Scottish Certificate of Education, 1963
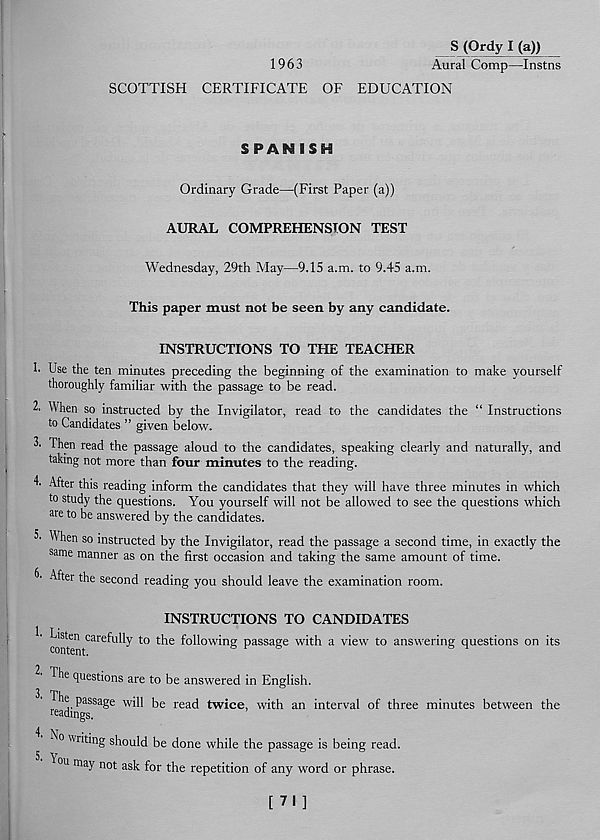
S (Ordy I (a))
1963
Aural Comp—Instns
SCOTTISH CERTIFICATE OF EDUCATION
SPAN ISH
Ordinary Grade—(First Paper (a))
AURAL COMPREHENSION TEST
Wednesday, 29th May—9.15 a.m. to 9.45 a.m.
This paper must not be seen by any candidate.
INSTRUCTIONS TO THE TEACHER
h Use the ten minutes preceding the beginning of the examination to make yourself
thoroughly familiar with the passage to be read.
2. When so instructed by the Invigilator, read to the candidates the “ Instructions
to Candidates ” given below.
3' Then read the passage aloud to the candidates, speaking clearly and naturally, and
taking not more than four minutes to the reading.
After this reading inform the candidates that they will have three minutes in which
to study the questions. You yourself will not be allowed to see the questions which
are to be answered by the candidates.
3' When so instructed by the Invigilator, read the passage a second time, in exactly the
same manner as on the first occasion and taking the same amount of time.
6' After the second reading you should leave the examination room.
INSTRUCTIONS TO CANDIDATES
ront™ CarefuUy t0 l:^e ^0^o w ' n S passage with a view to answering questions on its
The questions are to be answered in English.
3 t
r pi e passage will be read twice, with an interval of three minutes between the
readings.
^ No * ■
writing should be done while the passage is being read.
T°u may not ask for the repetition of any word or phrase.
[ 71 ]